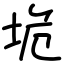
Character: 垝